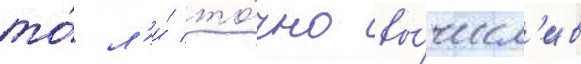
то́ л'и́ то́чно вы́числ'ив